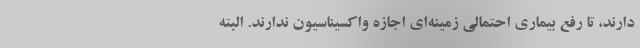
دارند، تا رفع بیماری احتمالی زمینه‌ای اجازه واکسیناسیون ندارند. البته